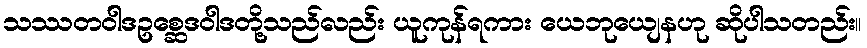
သဿတဝါဒဥစ္ဆေဒဝါဒတို့သည်လည်း ယူကုန်ရကား ယေဘုယျေနဟု ဆိုပါသတည်း။